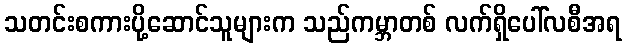
သတင်းစကားပို့ဆောင်သူများက သည်ကမ္ဘာတစ် လက်ရှိပေါ်လစီအရ